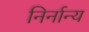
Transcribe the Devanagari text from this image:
निर्नान्य